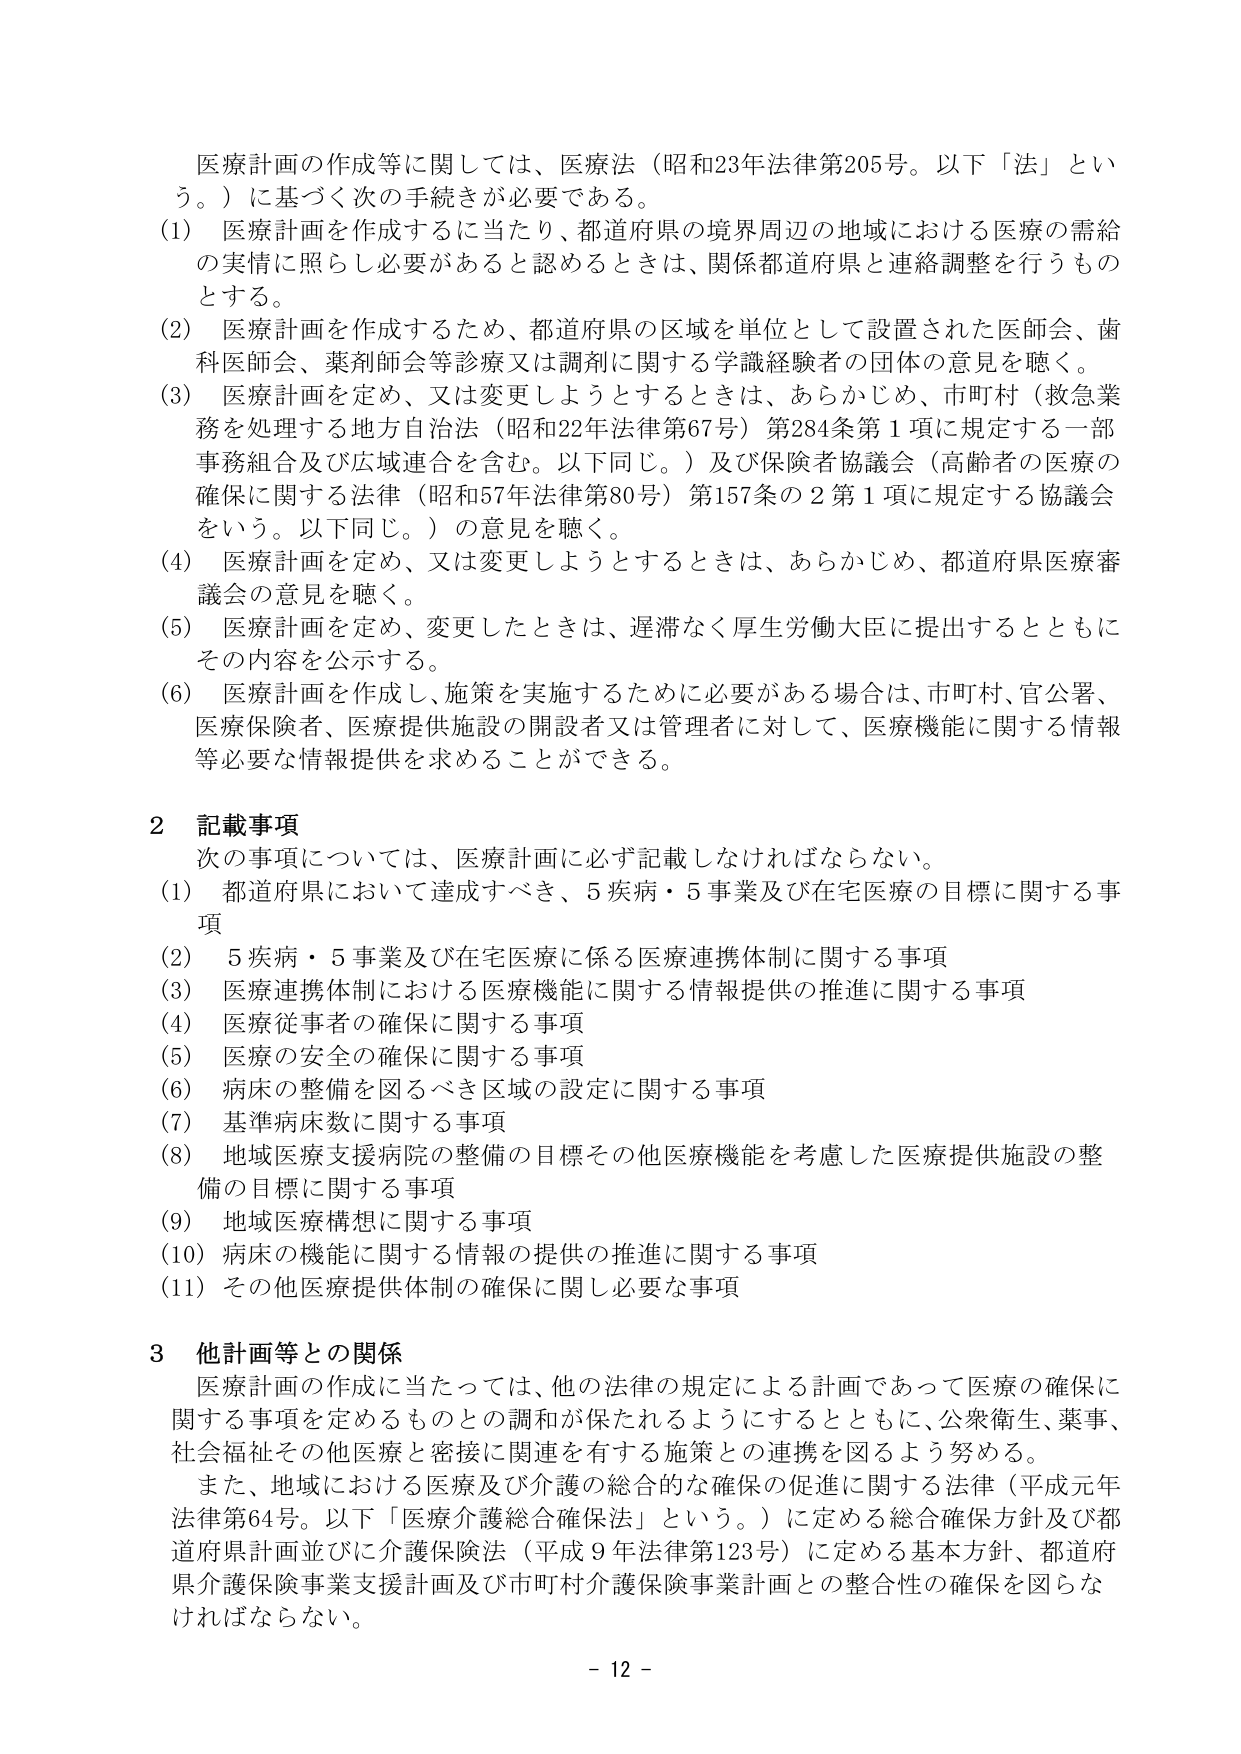
医療計画の作成等に関しては、医療法（昭和23年法律第205号。以下「法」という。）に基づく次の手続きが必要である。

(1) 医療計画を作成するに当たり、都道府県の境界周辺の地域における医療の需給の実情に照らし必要があると認めるときは、関係都道府県と連絡調整を行うものとする。

(2) 医療計画を作成するため、都道府県の区域を単位として設置された医師会、歯科医師会、薬剤師会等診療又は調剤に関する学識経験者の団体の意見を聴く。

(3) 医療計画を定め、又は変更しようとするときは、あらかじめ、市町村（救急業務を処理する地方自治法（昭和22年法律第67号）第284条第1項に規定する一部事務組合及び広域連合を含む。以下同じ。）及び保険者協議会（高齢者の医療の確保に関する法律（昭和57年法律第80号）第157条の2第1項に規定する協議会をいう。以下同じ。）の意見を聴く。

(4) 医療計画を定め、又は変更しようとするときは、あらかじめ、都道府県医療審議会の意見を聴く。

(5) 医療計画を定め、変更したときは、遅滞なく厚生労働大臣に提出するとともにその内容を公示する。

(6) 医療計画を作成し、施策を実施するために必要がある場合は、市町村、官公署、医療保険者、医療提供施設の開設者又は管理者に対して、医療機能に関する情報等必要な情報提供を求めることができる。

2 記載事項

次の事項については、医療計画に必ず記載しなければならない。

(1) 都道府県において達成すべき、5疾病・5事業及び在宅医療の目標に関する事項

(2) 5疾病・5事業及び在宅医療に係る医療連携体制に関する事項

(3) 医療連携体制における医療機能に関する情報提供の推進に関する事項

(4) 医療従事者の確保に関する事項

(5) 医療の安全の確保に関する事項

(6) 病床の整備を図るべき区域の設定に関する事項

(7) 基準病床数に関する事項

(8) 地域医療支援病院の整備の目標その他医療機能を考慮した医療提供施設の整備の目標に関する事項

(9) 地域医療構想に関する事項

(10) 病床の機能に関する情報の提供の推進に関する事項

(11) その他医療提供体制の確保に関し必要な事項

3 他計画等との関係

医療計画の作成に当たっては、他の法律の規定による計画であって医療の確保に関する事項を定めるものとの調和が保たれるようにするとともに、公衆衛生、薬事、社会福祉その他医療と密接に関連を有する施策との連携を図るよう努める。

また、地域における医療及び介護の総合的な確保の促進に関する法律（平成元年法律第64号。以下「医療介護総合確保法」という。）に定める総合確保方針及び都道府県計画並びに介護保険法（平成9年法律第123号）に定める基本方針、都道府県介護保険事業支援計画及び市町村介護保険事業計画との整合性の確保を図らなければならない。

- 12 -